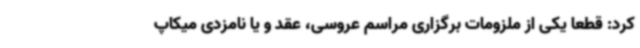
کرد: قطعا یکی از ملزومات برگزاری مراسم عروسی، عقد و یا نامزدی میکاپ